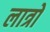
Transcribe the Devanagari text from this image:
लात्रो